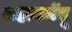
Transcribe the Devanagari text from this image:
लहानमेंदू